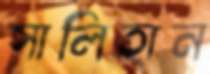
সালিহান